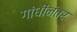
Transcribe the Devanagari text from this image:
गांधींनंतर